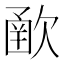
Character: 𣣻